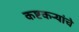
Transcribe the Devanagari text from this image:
कष्टकर्‍यांचे